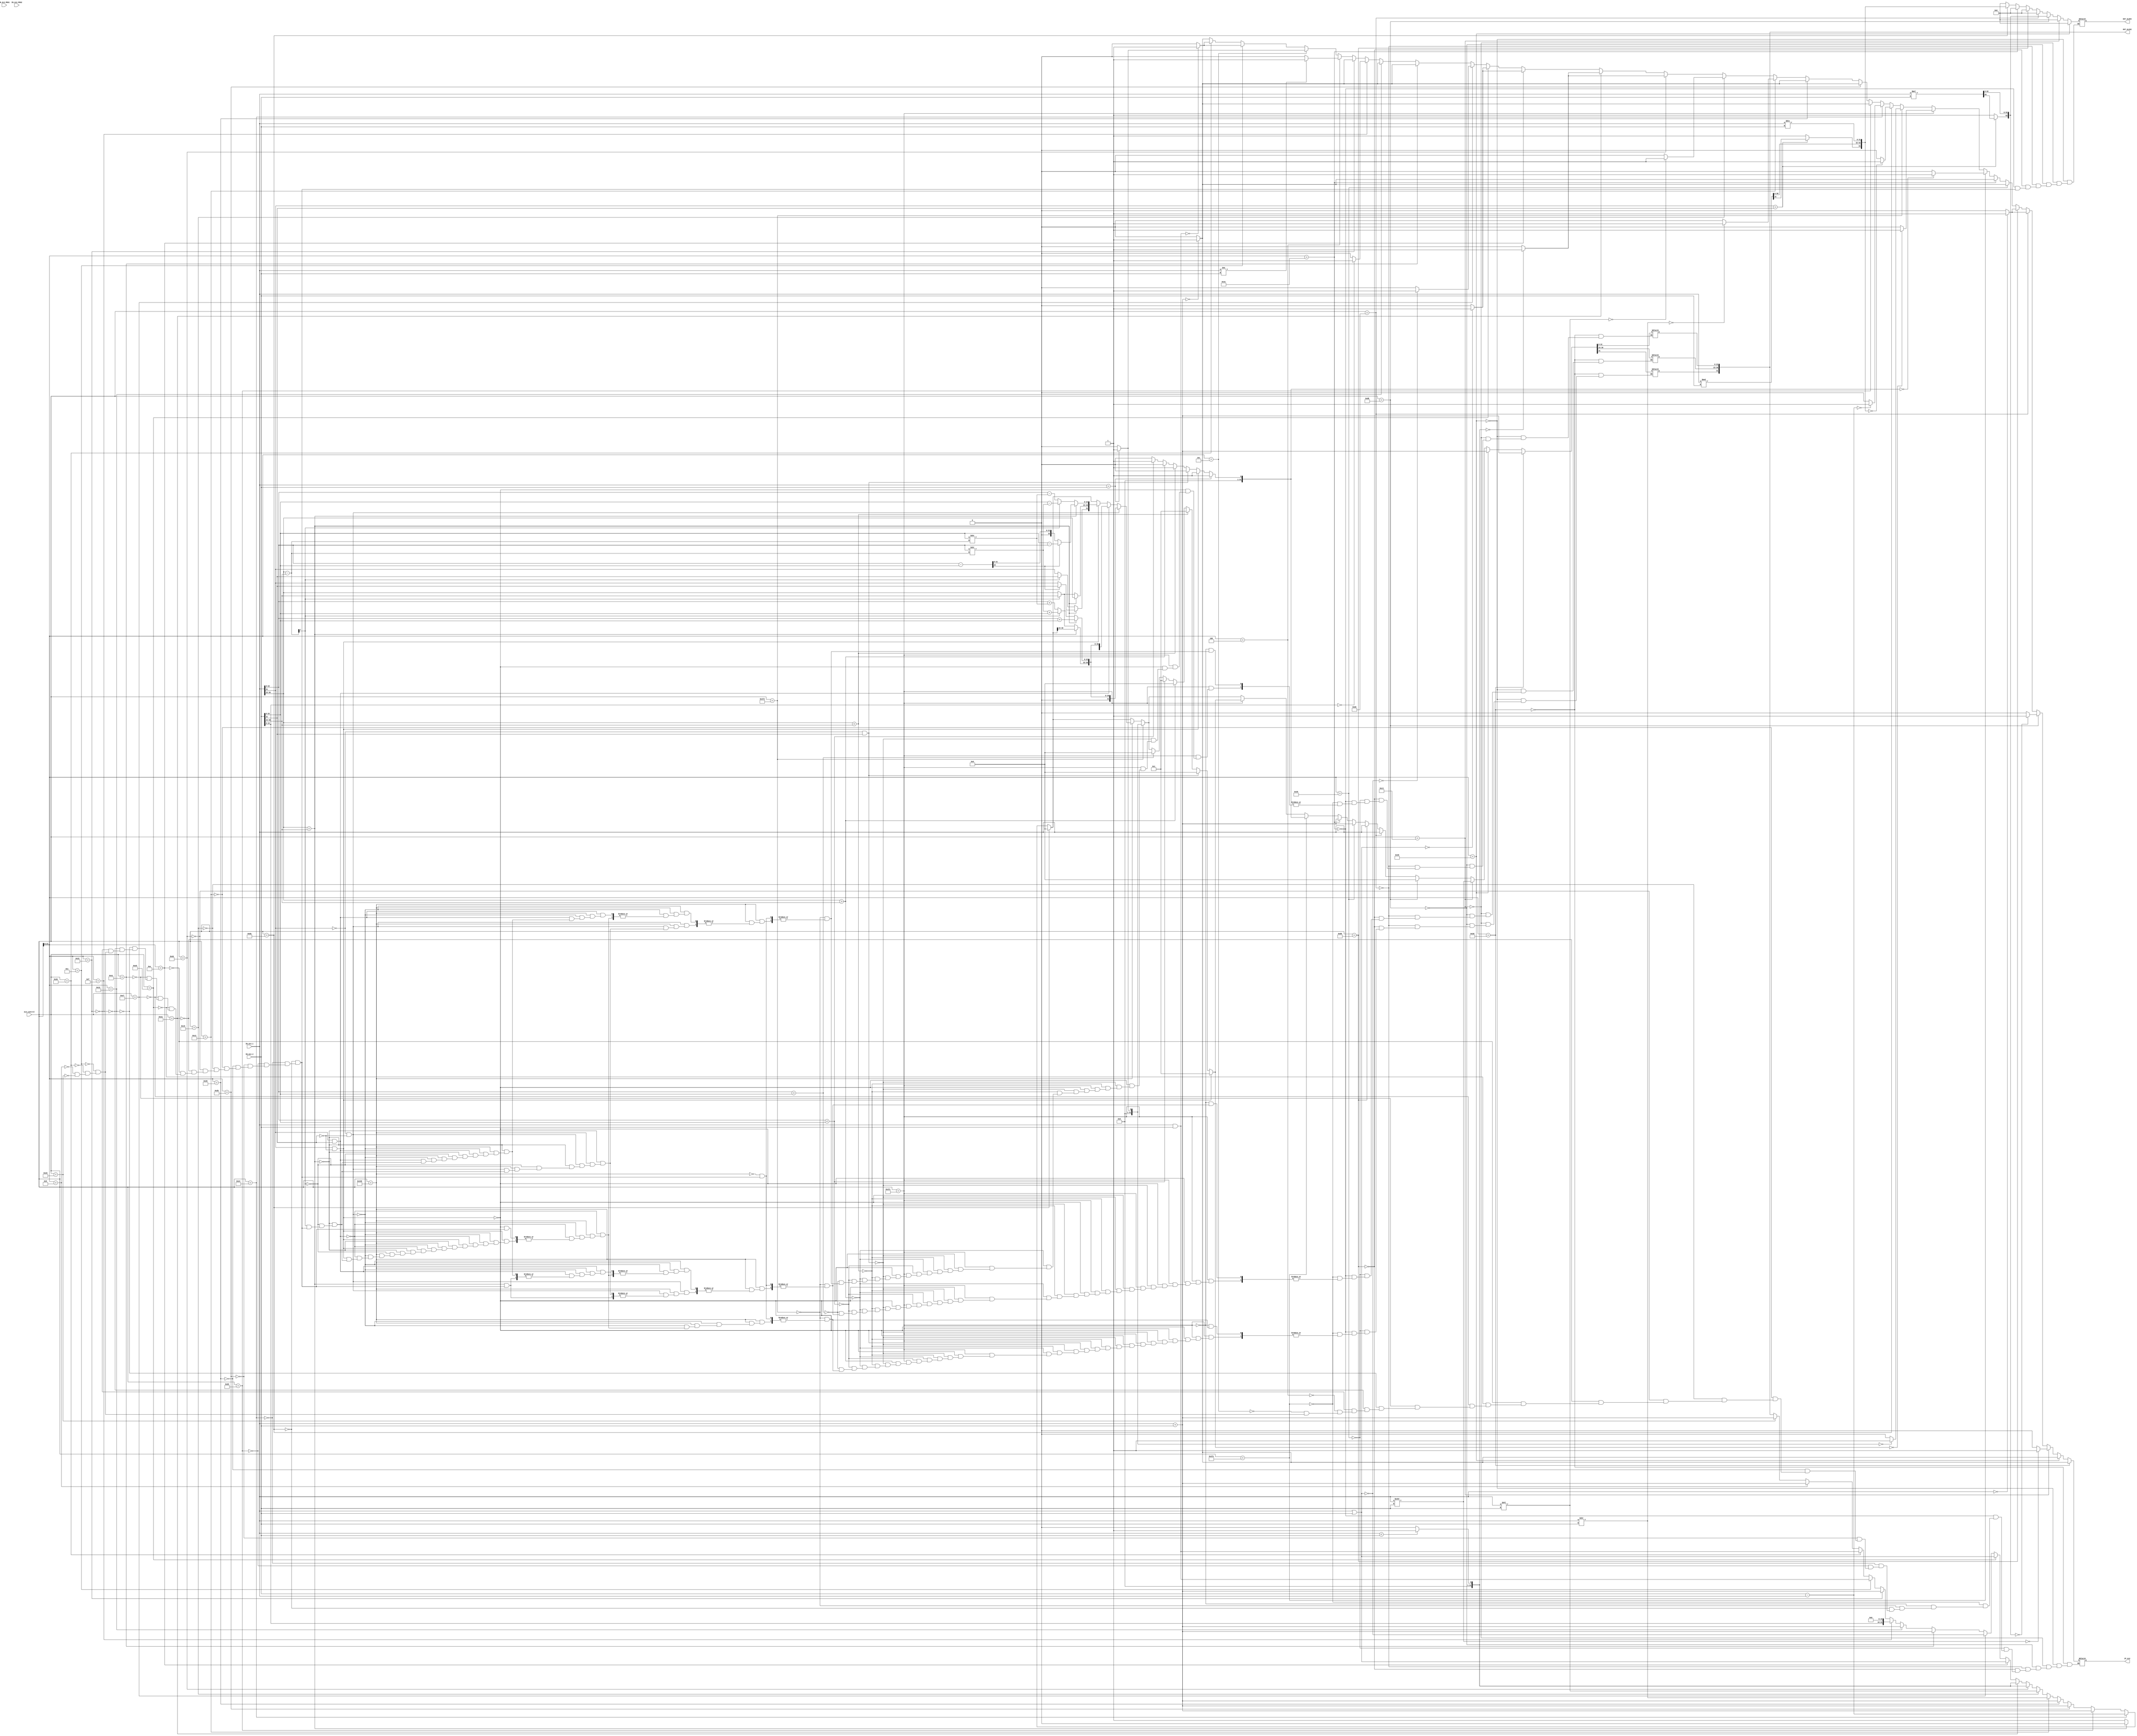
module ALU ( 
output reg [31:0]OUT_ALU32,
output reg [63:0]OUT_ALU64,
output reg ZF_ALU,
input [31:0]IN_ALU_MSG1,
input [31:0]IN_ALU_1,
input [31:0]IN_ALU_2,
input [31:0]IN_ALU_MSG2,
input [11:0]ALU_control
);

reg [7:0]whos_bigger;
//reg opcode;
//reg funct;
initial begin
	
	OUT_ALU32=32'h0;
	OUT_ALU64=64'h0;
	ZF_ALU=0;
end

always @(*) begin
//opcode = ALU_control[11:6];
//funct = ALU_control[5:0];

if(ALU_control ==  12'b000011100000)begin // ADD
OUT_ALU32 = IN_ALU_1 + IN_ALU_2;
if (OUT_ALU32 == 0)
ZF_ALU = 1;else ZF_ALU=0;
OUT_ALU64 = 0;
end


if (ALU_control[11:6] == 6'h9 ) begin  //ADD IMMEDIATE
OUT_ALU32 = IN_ALU_1 + IN_ALU_2;
if (OUT_ALU32 == 0)
ZF_ALU = 1;else ZF_ALU=0;
OUT_ALU64 = 0;
end

if (ALU_control == 12'b000011010100) begin //AND
OUT_ALU32 = IN_ALU_1 & IN_ALU_2;
if (OUT_ALU32 == 0)
ZF_ALU = 1;else ZF_ALU=0;
OUT_ALU64 = 0;
end

if (ALU_control[11:6] == 6'hc) begin //AND IMMEDIATE 
OUT_ALU32 = IN_ALU_1 & IN_ALU_2;
if (OUT_ALU32 == 0)
ZF_ALU = 1;else ZF_ALU=0;
OUT_ALU64 = 0;
end

if (ALU_control[11:6] == 6'h5) begin  // BRANCH EQUAL
if (IN_ALU_1 == IN_ALU_2)
ZF_ALU =1;
else ZF_ALU =0;
end

if (ALU_control[11:6] == 6'h4) begin  // BRANCH NOT EQUAL
if (IN_ALU_1 != IN_ALU_2)
ZF_ALU =1;
else ZF_ALU = 0;
end

if (ALU_control[11:6] == 6'h22 )begin //LOAD BYTE UNSIGNED
OUT_ALU32 = IN_ALU_1 + IN_ALU_2;
OUT_ALU64 = 0;
if (OUT_ALU32 == 0)
ZF_ALU=1;else ZF_ALU=0;
end

if (ALU_control[11:6] == 6'hf)begin //LOAD UPPER IMMEDIATE
OUT_ALU32 = {IN_ALU_2, 16'b0};
OUT_ALU64 = 0;
if (OUT_ALU32 == 0)
ZF_ALU=1;else ZF_ALU=0;
end

if (ALU_control[11:6] == 6'h12 )begin //LOAD WORD
OUT_ALU32 = IN_ALU_1 + IN_ALU_2;
OUT_ALU64 = 0;
if (OUT_ALU32 == 0)
ZF_ALU=1;else ZF_ALU=0;
end

if (ALU_control == 12'b000011100001)begin //LOAD WORD NEW
OUT_ALU32 = IN_ALU_1 + IN_ALU_2;
OUT_ALU64 = 0;
if (OUT_ALU32 == 0)
ZF_ALU=1;
else ZF_ALU=0;
end

if (ALU_control == 12'b000011100111)begin //NOR
OUT_ALU32 = ~(IN_ALU_1 | IN_ALU_2);
if (OUT_ALU32 == 0)
ZF_ALU = 1;else ZF_ALU=0;
OUT_ALU64 = 0;
end

if (ALU_control == 12'b000011100101)begin //OR
OUT_ALU32 = IN_ALU_1 | IN_ALU_2;
if (OUT_ALU32 == 0)
ZF_ALU = 1;else ZF_ALU=0;
OUT_ALU64 = 0;
end

if (ALU_control[11:6]==6'he)begin //OR IMMEDIATE	
OUT_ALU32 = IN_ALU_1 | IN_ALU_2;
if (OUT_ALU32 == 0)
ZF_ALU = 1;else ZF_ALU=0;
OUT_ALU64 = 0;
end

if (ALU_control == 12'b000011101010)begin  //SET LESS THAN
if (IN_ALU_1 < IN_ALU_2)
OUT_ALU32 = 1;
else OUT_ALU32 = 0;
if (OUT_ALU32 == 0)
ZF_ALU = 1;else ZF_ALU=0;
OUT_ALU64 = 0;
end

if (ALU_control == 12'b000011101011)begin  //SET LESS THAN UNSIGNED
if (IN_ALU_1 < IN_ALU_2)
OUT_ALU32 = 1;
else OUT_ALU32 = 0;
if (OUT_ALU32 == 0)
ZF_ALU = 1;else ZF_ALU=0;
OUT_ALU64 = 0;
end

if (ALU_control == 12'b000011000000)begin  // shift left logical
OUT_ALU32 = IN_ALU_1 << IN_ALU_2;
if (OUT_ALU32 == 0)
ZF_ALU = 1;else ZF_ALU=0;
OUT_ALU64 = 0;
end

if (ALU_control == 12'b000011000010)begin //shift right logiacal
OUT_ALU32 = IN_ALU_1 >> IN_ALU_2;
if (OUT_ALU32 == 0)
ZF_ALU = 1;else ZF_ALU=0;
OUT_ALU64 = 0;
end

if (ALU_control[11:6] == 6'h28) begin //STORE BYTE
OUT_ALU32 = IN_ALU_1 + IN_ALU_2;
OUT_ALU64 = 0;
if (OUT_ALU32 == 0)
ZF_ALU=1;else ZF_ALU=0;
end

if (ALU_control[11:6] == 6'h2b)begin //STORE WORD
OUT_ALU32 = IN_ALU_1 + IN_ALU_2;
OUT_ALU64 = 0;
if (OUT_ALU32 == 0)
ZF_ALU=1;else ZF_ALU=0;
end

if (ALU_control == 12'b000011010011)begin //STORE WORD NEW
OUT_ALU32 = IN_ALU_1 + IN_ALU_2;
OUT_ALU64 = 0;
if (OUT_ALU32 == 0)
ZF_ALU=1;else ZF_ALU=0;
end

if (ALU_control == 12'b000011100100)begin //SUBTRACT
OUT_ALU32 = IN_ALU_2 - IN_ALU_1;
if (OUT_ALU32 == 0)
ZF_ALU = 1;else ZF_ALU=0;
OUT_ALU64 = 0;
end





// FLOATING :
if (ALU_control == 12'b000011011010)begin //DIVIDE
if(IN_ALU_1[31]==IN_ALU_2[31])begin//same sign-> positive result
	OUT_ALU64[31:0] = IN_ALU_1 / IN_ALU_2;
	OUT_ALU64[63:32] = IN_ALU_1 % IN_ALU_2;
end else begin//different sign-> negative result
	OUT_ALU64[31:0] = IN_ALU_1 / IN_ALU_2;
	OUT_ALU64[63:32] = IN_ALU_1 % IN_ALU_2;
	OUT_ALU64[63]=1;
	end
OUT_ALU32=0;
if (OUT_ALU64 == 0)
ZF_ALU = 1;else ZF_ALU=0;
end


if (ALU_control == 12'b010001000000)begin //ADD SINGLE
//for single
if(IN_ALU_1[31]==0 && IN_ALU_2[31]==0)begin//two positives
	if(IN_ALU_1[30:23]==IN_ALU_2[30:23])begin//same exponent?
		OUT_ALU32[22:0]=IN_ALU_1[22:0]+IN_ALU_2[22:0];//add fraction
		OUT_ALU32[31]=0;//positive
	end
	else begin //different exponents
	whos_bigger=IN_ALU_1[30:23]-IN_ALU_2[30:23];
		if(whos_bigger[7]==1)begin//negative-> IN_ALU_2 exponent is bigger
			OUT_ALU32[22:0] = IN_ALU_1[22:0]>>whos_bigger;//shift smaller number to the right 
			OUT_ALU32[30:23]=IN_ALU_2[30:23];
			OUT_ALU32[22:0]=OUT_ALU32[22:0]+IN_ALU_2[22:0];//adding two positives so result will be normalized already
		end else if(whos_bigger[7]==0)begin//positive-> IN_ALU_1 exponent is bigger 
			OUT_ALU32[22:0] = IN_ALU_2[22:0]>>whos_bigger;
			OUT_ALU32[30:23]=IN_ALU_1[30:23];
			OUT_ALU32[22:0]=IN_ALU_1[22:0]+OUT_ALU32[22:0];//adding two positives so result will be normalized already
		end
		OUT_ALU32[31]=0;//positive
	end	
end
else if(IN_ALU_1[31]==1 && IN_ALU_2[31]==1)begin//two negatives
if(IN_ALU_1[30:23]==IN_ALU_2[30:23])begin//same exponent?
		OUT_ALU32[22:0]=IN_ALU_1[22:0]+IN_ALU_2[22:0];//add fraction
		OUT_ALU32[31]=0;//positive
	end
	else begin //different exponents
	whos_bigger=IN_ALU_1[30:23]-IN_ALU_2[30:23];
		if(whos_bigger[7]==1)begin//negative-> IN_ALU_2 exponent is bigger
			OUT_ALU32[22:0] = IN_ALU_1[22:0]>>whos_bigger;//shift smaller number to the right 
			OUT_ALU32[30:23]=IN_ALU_2[30:23];
			OUT_ALU32[22:0]=OUT_ALU32[22:0]+IN_ALU_2[22:0];
		end else if(whos_bigger[7]==0)begin//positive-> IN_ALU_1 exponent is bigger 
			OUT_ALU32[22:0] = IN_ALU_2[22:0]>>whos_bigger;
			OUT_ALU32[30:23]=IN_ALU_1[30:23];
			OUT_ALU32[22:0]=IN_ALU_1[22:0]+OUT_ALU32[22:0];//adding two negatives so result will be normalized already
		end
		OUT_ALU32[31]=1;//negative
	end	
end
else if(IN_ALU_1[31]==1 && IN_ALU_2[31]==0)begin//different signs
if(IN_ALU_1[30:23]==IN_ALU_2[30:23])begin//same exponent?
		OUT_ALU32[30:23]=IN_ALU_1[30:23];
		OUT_ALU32[22:0]=IN_ALU_1[22:0]-IN_ALU_2[22:0];//sub fraction
		if(OUT_ALU32[22]==1)begin//IN_ALU_1 is smaller 
			OUT_ALU32[22:0]=IN_ALU_2[22:0]-IN_ALU_1[22:0];
			OUT_ALU32[31]=IN_ALU_2[31];end//take sign of bigger one
		else begin//IN_ALU_1 is bigger 
			OUT_ALU32[22:0]=IN_ALU_1[22:0]-IN_ALU_2[22:0];
			OUT_ALU32[31]=IN_ALU_1[31];end//take sign of bigger one
		end
	else begin //different exponents
	whos_bigger=IN_ALU_1[30:23]-IN_ALU_2[30:23];
		if(whos_bigger[7]==1)begin//negative-> IN_ALU_2 exponent is bigger
			OUT_ALU32[22:0] = IN_ALU_1[22:0]>>whos_bigger;//shift smaller number to the right 
			OUT_ALU32[30:23]=IN_ALU_2[30:23];
			OUT_ALU32[22:0]=IN_ALU_2[22:0]-OUT_ALU32[22:0];
			OUT_ALU32[31]=IN_ALU_2[31];
		end else if(whos_bigger[7]==0)begin//positive-> IN_ALU_1 exponent is bigger 
			OUT_ALU32[22:0] = IN_ALU_2[22:0]>>whos_bigger;
			OUT_ALU32[30:23]=IN_ALU_1[30:23];
			OUT_ALU32[22:0]=IN_ALU_1[22:0]-OUT_ALU32[22:0];
			OUT_ALU32[31]=IN_ALU_1[31];
		end		
	end	
end
end

//COMPARE SINGLE 
if(ALU_control == 12'b010001110010)begin		//eq
if(IN_ALU_1 == IN_ALU_2)//single
OUT_ALU32 = 1;
else OUT_ALU32 = 0;

if (OUT_ALU32 == 0)
ZF_ALU=1;
else ZF_ALU=0;
end


if(ALU_control == 12'b010001111100)begin		//less than (check sign -> exponent -> fraction)
if(IN_ALU_1[31]==1 && IN_ALU_2[31]==0)//negative is less than positive
OUT_ALU32 = 32'b1;
else if(IN_ALU_1[31]==0 && IN_ALU_2[31]==1)//positive is not less than negative :)
OUT_ALU32 = 32'b0;
else if(IN_ALU_1[30:23]<IN_ALU_2[30:23])//same sign, smaller exponent-> less than
OUT_ALU32 = 32'b1;
else if(IN_ALU_1[30:23]>IN_ALU_2[30:23])//bigger exponents-> not less than
OUT_ALU32 = 32'b0;
else if(IN_ALU_1[22:0]<IN_ALU_2[22:0])//same exponents-> compare fractions
OUT_ALU32 = 32'b1;
else if(IN_ALU_1[22:0]>IN_ALU_2[22:0])
OUT_ALU32 = 32'b0;

if (OUT_ALU32 == 0)
ZF_ALU=1;
else ZF_ALU=0;
end


if(ALU_control == 12'b010001111110)begin 		//less than eq
if(IN_ALU_1 == IN_ALU_2)//equal
OUT_ALU32 = 1;
else if(IN_ALU_1[31]==1 && IN_ALU_2[31]==0)//negative is less than positive
OUT_ALU32 = 32'b1;
else if(IN_ALU_1[31]==0 && IN_ALU_2[31]==1)//positive is not less than negative :)
OUT_ALU32 = 32'b0;
else if(IN_ALU_1[30:23]<IN_ALU_2[30:23])//same sign, smaller exponent-> less than
OUT_ALU32 = 32'b1;
else if(IN_ALU_1[30:23]>IN_ALU_2[30:23])//bigger exponents-> not less than
OUT_ALU32 = 32'b0;
else if(IN_ALU_1[22:0]<IN_ALU_2[22:0])//same exponents-> compare fractions
OUT_ALU32 = 32'b1;
else if(IN_ALU_1[22:0]>IN_ALU_2[22:0])
OUT_ALU32 = 32'b0;
else OUT_ALU32 = 32'b0;

if (OUT_ALU32 == 0)
ZF_ALU=1;
else ZF_ALU=0;
end


if (ALU_control[11:6]==6'h31) begin 			//LOAD FP SINGLE
OUT_ALU32 = IN_ALU_1 + IN_ALU_2;
if (OUT_ALU32 == 0)
ZF_ALU = 1;else ZF_ALU=0;
OUT_ALU64 = 0;
end


if (ALU_control[11:6] == 6'h35) begin 			//LOAD FP DOUBLE
OUT_ALU32 = IN_ALU_1 + IN_ALU_2;
if (OUT_ALU32 == 0)
ZF_ALU =1;else ZF_ALU=0;
end

if (ALU_control == 12'b000011010000) begin 	//MOVE FROM HI
OUT_ALU32 = IN_ALU_1;
if (OUT_ALU32 == 0)
ZF_ALU = 1;else ZF_ALU=0;
OUT_ALU64 = 0;
end

if(ALU_control == 12'b000011010010) begin 	//MOVE FROM LO
OUT_ALU32 = IN_ALU_1;
if (OUT_ALU32 == 0)
ZF_ALU = 1;else ZF_ALU=0;
OUT_ALU64 = 0;
end


if (ALU_control == 12'b000011011000) begin	//MULTIPLY
if(IN_ALU_1[31]==IN_ALU_2[31])begin//same sign-> positive result
	OUT_ALU64 = IN_ALU_1 * IN_ALU_2;
end else begin//different sign-> negative result
	OUT_ALU64 = IN_ALU_1 * IN_ALU_2;
	OUT_ALU64[63]=1;
	end
OUT_ALU32 = 0;
if (OUT_ALU64 == 0)
ZF_ALU =1;else ZF_ALU=0;
end


if (ALU_control == 12'b000011000011) begin 	//SHIFT RIGHT ARITHMATIC
OUT_ALU32 = IN_ALU_1 >>> IN_ALU_2;
if (OUT_ALU32 == 0)
ZF_ALU = 1;else ZF_ALU=0;
OUT_ALU64 = 0;
end

if (ALU_control[11:6] == 6'h39) begin 			//STORE FP SINGLE
OUT_ALU32 = IN_ALU_1 + IN_ALU_2;
if (OUT_ALU32 == 0)
ZF_ALU = 1;else ZF_ALU=0;
OUT_ALU64 = 0;
end 

if (ALU_control[11:6] == 6'h3d) begin 			//STORE FP DOUBLE
OUT_ALU32 = IN_ALU_1 + IN_ALU_2;
if (OUT_ALU32 == 0)
ZF_ALU =1;else ZF_ALU=0;
end



end
endmodule